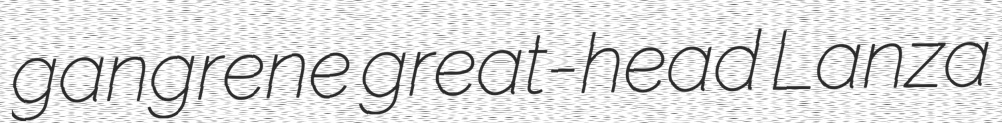
gangrene great-head Lanza